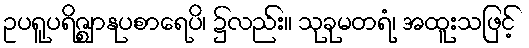
ဥပရူပရိဇ္ဈာနုပစာရေပိ၊ ၌လည်း။ သုခုမတရံ၊ အထူးသဖြင့်